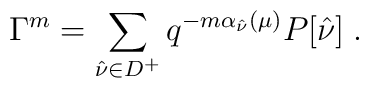
\Gamma^m=\sum_{\hat{\nu}\in D^+}q^{-m\alpha_{\hat{\nu}}(\mu)}P[\hat{\nu}]\;.